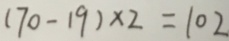
( 7 0 - 1 9 ) \times 2 = 1 0 2